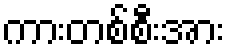
ကားတစ်စီးအား